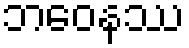
ဘဝေနဿ